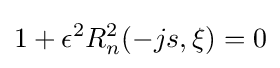
1+\epsilon ^{2}R_{n}^{2}(-js,\xi )=0